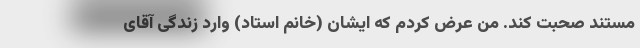
مستند صحبت کند. من عرض کردم که ایشان (خانم استاد) وارد زندگی آقای